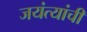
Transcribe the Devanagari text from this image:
जयंत्यांची